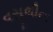
વસૂલીના